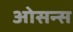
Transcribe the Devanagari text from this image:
ओसन्स